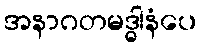
အနာဂတမဒ္ဓါနံပေ